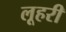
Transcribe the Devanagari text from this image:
लूहरी